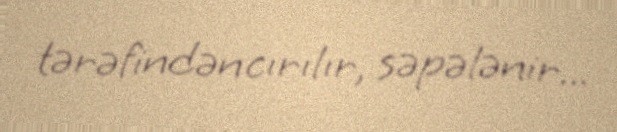
tərəfindən cırılır, səpələnir...